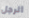
الرجل